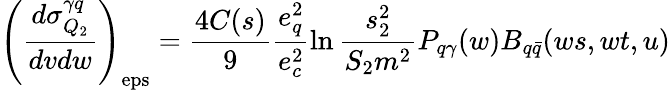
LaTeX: \left(\frac{d\sigma_{Q_{2}}^{\gamma q}}{dvdw}\right)_{\mathrm{eps}}=\frac{4C(s)}{9}\frac{e_{q}^{2}}{e_{c}^{2}}\ln\frac{s_{2}^{2}}{S_{2}m^{2}}P_{q\gamma}(w)B_{q\bar{q}}(ws,wt,u)